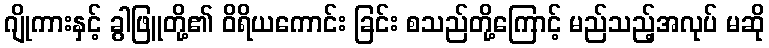
ဂျိုကားနှင့် ခွါဖြူတို့၏ ဝိရိယကောင်း ခြင်း စသည်တို့ကြောင့် မည်သည့်အလုပ် မဆို